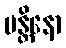
မန္တိနော